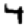
Digit: 4